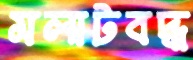
মলাটবদ্ধ